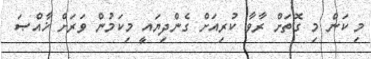
މި ކަން މި ގޮތަށް ރާވާ ކުރިއަށް ގެންދިޔައީ މިކަމުން ވަރަށް ޚާއްޞަ